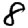
Digit: 8